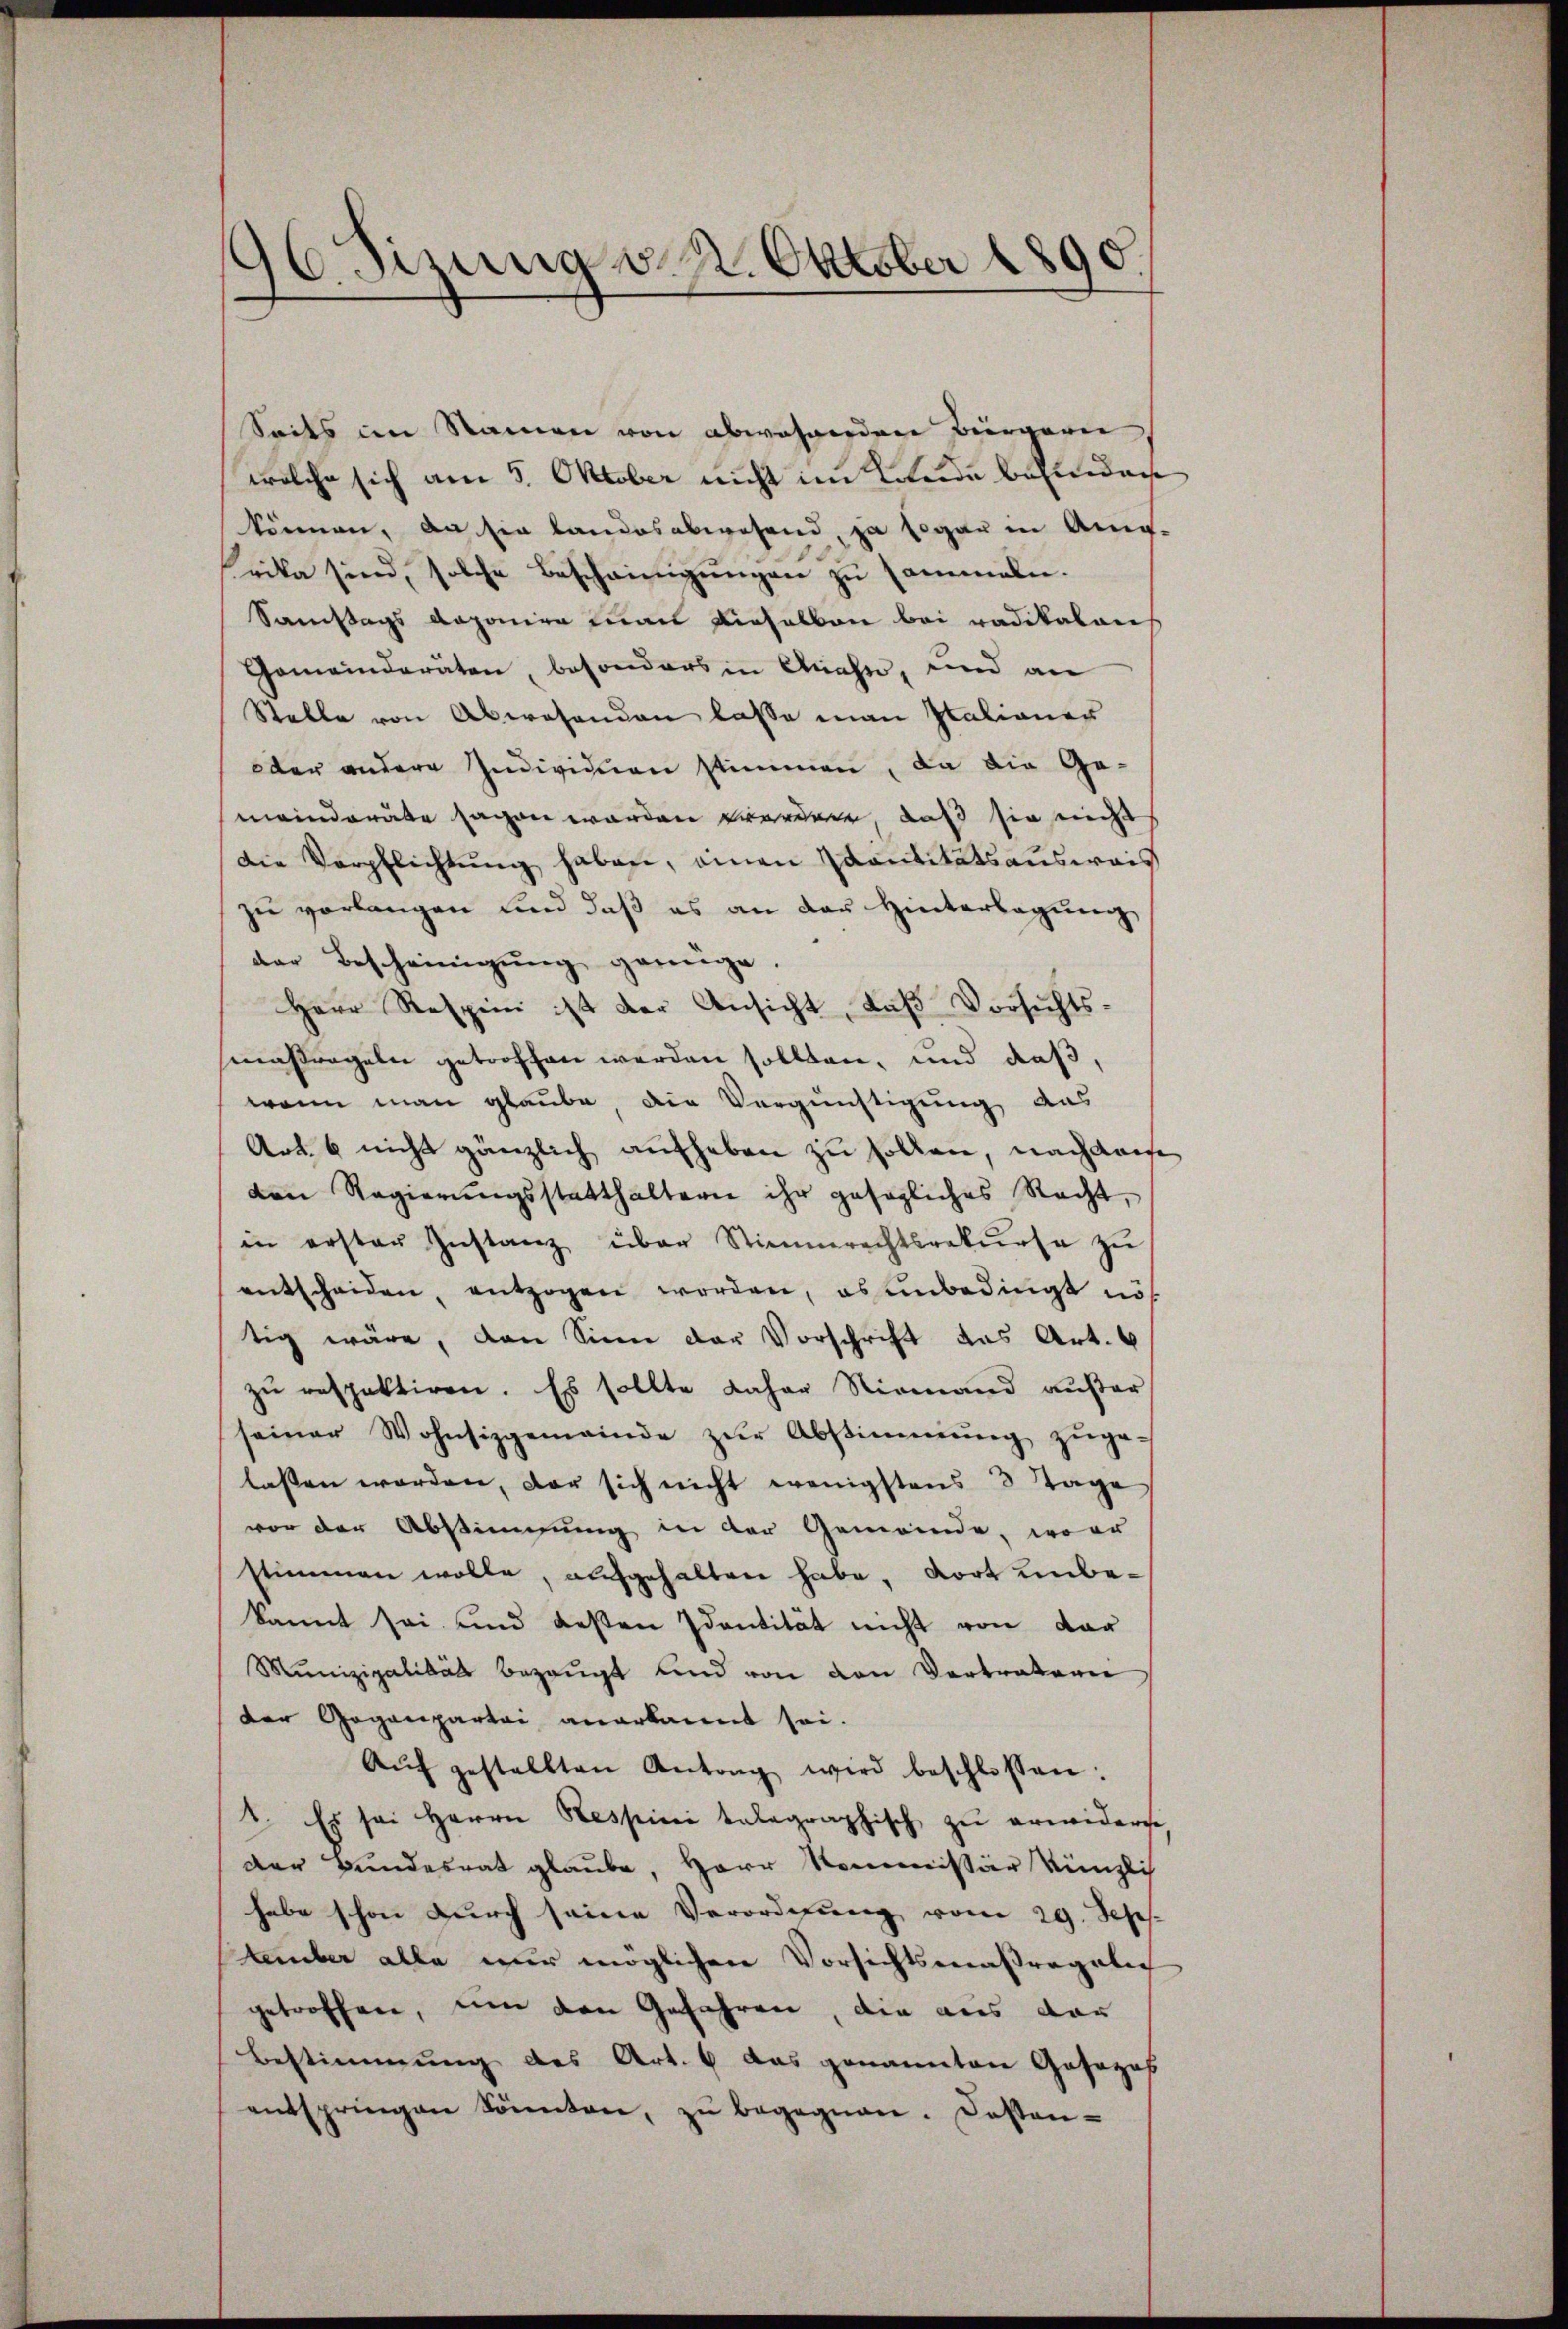
16. Sizung v. 2. Oktober 1890.
u

Seits im Namen von abwehrenden Bürgern,
welche sich am 5. Oktober nicht im Lande befinden
können, da sie landesabwesend, ja sogar in Anig-
eika sind, solche Bescheinigungen zu sammeln.
Samstags deponire man einhalben bei radikalais
Gemeinderäten, besonders in Anahn, und an
Stelle von Abwesenden lasse man Italianer
oder andere Individuen stimmen, da die Ge-
meinderäte sagen worden worden, daß sie nicht
Die Verpflichtŭng haben, einen Kantitätsaŭswais
zu verlangen und daß es an der Hinterlegung
der Bescheinigung genüge.
Herr Respini ist der Ansicht, daß Vorsichtsmaßregeln getroffen werden sollten, und daß,
wann man glaube, die Vergünstigung das
Art. 6 nicht gänzlich aufheben zu sollen, nachderse
den Regierŭngsstatthaltern ihr gesagliches Recht,
in erster Instanz über Stimmrechtsrekŭrsa zŭ
entscheiden, entzogen worden, es unbedingt nus
tig wäre, dann Sinn der Vorschrift das Art. 6
zu respektiren. Es sollte daher Niemand außer
seiner Wohnsizgemeinde zŭr Abstimmung zŭge-
lassen worden, der sich nicht wenigstens 3 Tage
vor der Abstimmung in der Gemeinde, wer
stimmen wolle, aufgehalten habe, dort unbekannt sei und deßen Identität nicht von dar
Munizipalität bezeugt und von den Vertratoren
der Gegenpartei anerkannt sei.
Aŭf gestellten Antrag wird beschlossen:
2. Es sei Herrn Respici talographisch zu erwiderse
der Bundesrat glaube, Herr Kommissär Künzlich
habe schon durch seine Verordnung vom 29. Seps.
Lember alle nur möglichen Vorsichtsmaßregeln
getroffen, um den Gefahren, die aus der
Bestimmung des Art. 6 das genannten Gesezes
entspringen könnten, zŭ begegnen. Dassen-